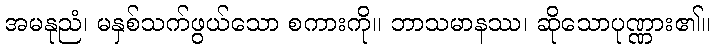
အမနုညံ၊ မနှစ်သက်ဖွယ်သော စကားကို။ ဘာသမာနဿ၊ ဆိုသောပုဏ္ဏား၏။